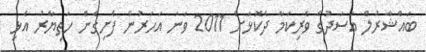
ބައްޝާރުލް އަސަދުގެ ވެރިކަމާ ދެކޮޅަށް 2011 ވަނަ އަހަރުން ފެށިގެން ހަތިޔާރު އެޅި